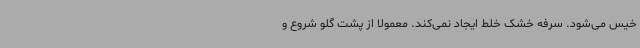
خیس می‌شود. سرفه خشک خلط ایجاد نمی‌کند. معمولاً از پشت گلو شروع و